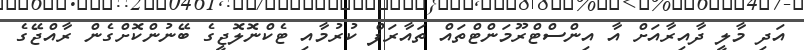
އަދި މާލީ ދާއިރާއަށް އާ އިންސްޓްރޫމަންޓްތައް ތައާރަފް ކުރުމާއި ޓެކްނޮލޮޖީގެ ބޭނުންކޮށްގެން ރާއްޖޭގެ